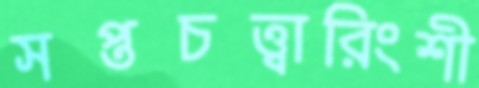
সপ্তচত্ত্বারিংশী